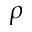
\rho